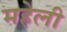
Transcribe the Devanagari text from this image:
महेली